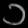
Digit: ၁